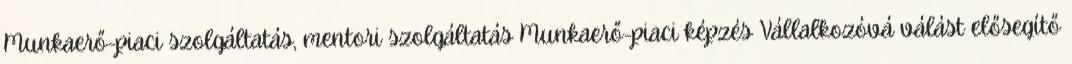
Munkaerő-piaci szolgáltatás, mentori szolgáltatás Munkaerő-piaci képzés Vállalkozóvá válást elősegítő